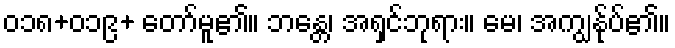
၀၁၈+၀၁၉+ တော်မူ၏။ ဘန္တေ၊ အရှင်ဘုရား။ မေ၊ အကျွန်ုပ်၏။